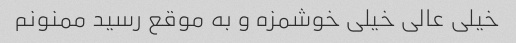
خیلی عالی خیلی خوشمزه و به موقع رسید ممنونم